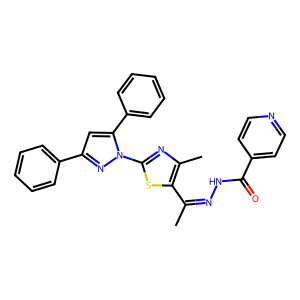
SMILES: CC(=NNC(=O)c1ccncc1)c1sc(-n2nc(-c3ccccc3)cc2-c2ccccc2)nc1C
Inhibits HIV replication: No